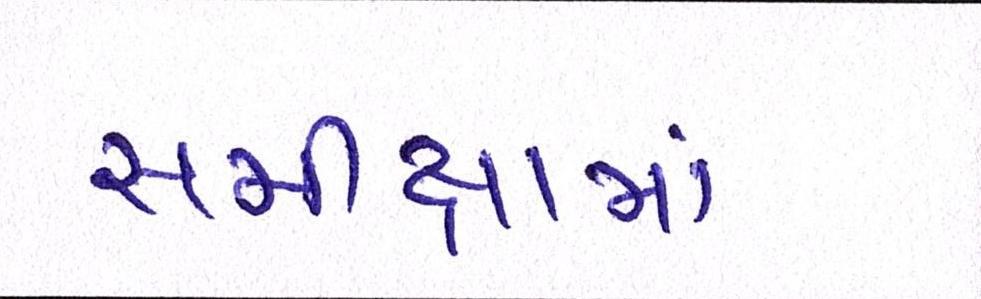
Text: સમીક્ષામાં